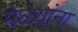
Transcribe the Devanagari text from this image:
मेळ्यांना